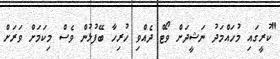
"ކުރީގައި މުހައްމަދު ނަޝީދަށް ވޯޓް ދެއްވި ހުރިހާ ބޭފުޅުން ވެސް މިކަމަށް ވަރަށް